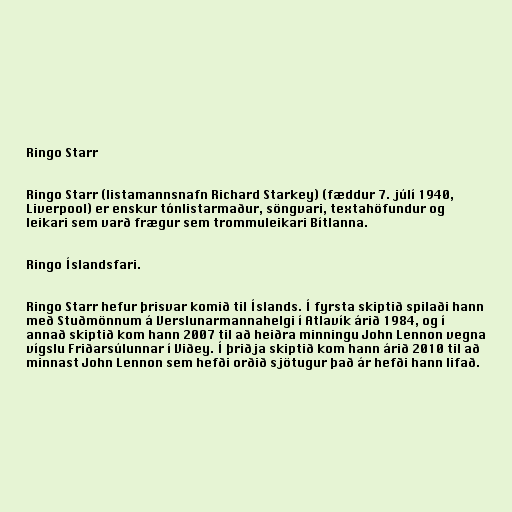
Ringo Starr

Ringo Starr (listamannsnafn Richard Starkey) (fæddur 7. júlí 1940,
Liverpool) er enskur tónlistarmaður, söngvari, textahöfundur og
leikari sem varð frægur sem trommuleikari Bítlanna.

Ringo Íslandsfari.

Ringo Starr hefur þrisvar komið til Íslands. Í fyrsta skiptið spilaði hann
með Stuðmönnum á Verslunarmannahelgi í Atlavík árið 1984, og í
annað skiptið kom hann 2007 til að heiðra minningu John Lennon vegna
vígslu Friðarsúlunnar í Viðey. Í þriðja skiptið kom hann árið 2010 til að
minnast John Lennon sem hefði orðið sjötugur það ár hefði hann lifað.